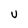
Character: v